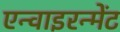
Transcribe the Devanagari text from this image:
एन्वाइरन्मेंट